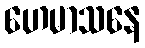
ဟေမာသနေ